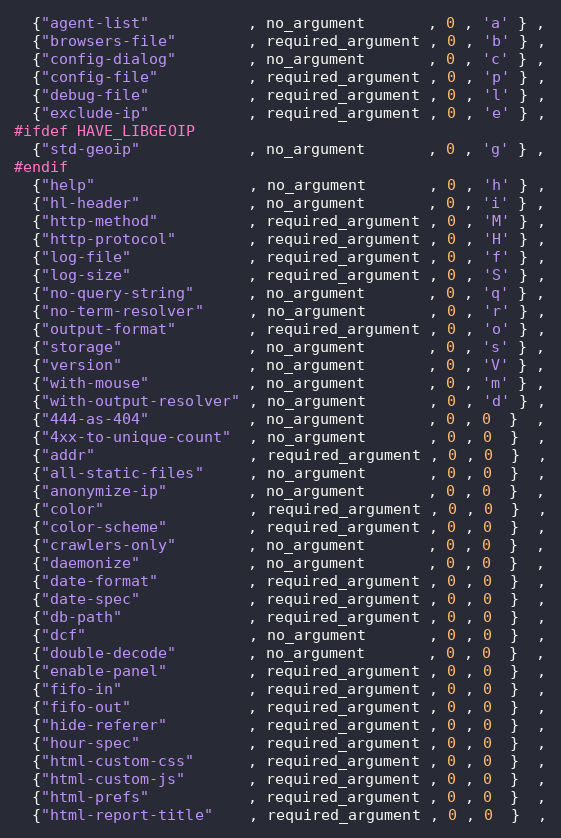
Language: C
  {"agent-list"           , no_argument       , 0 , 'a' } ,
  {"browsers-file"        , required_argument , 0 , 'b' } ,
  {"config-dialog"        , no_argument       , 0 , 'c' } ,
  {"config-file"          , required_argument , 0 , 'p' } ,
  {"debug-file"           , required_argument , 0 , 'l' } ,
  {"exclude-ip"           , required_argument , 0 , 'e' } ,
#ifdef HAVE_LIBGEOIP
  {"std-geoip"            , no_argument       , 0 , 'g' } ,
#endif
  {"help"                 , no_argument       , 0 , 'h' } ,
  {"hl-header"            , no_argument       , 0 , 'i' } ,
  {"http-method"          , required_argument , 0 , 'M' } ,
  {"http-protocol"        , required_argument , 0 , 'H' } ,
  {"log-file"             , required_argument , 0 , 'f' } ,
  {"log-size"             , required_argument , 0 , 'S' } ,
  {"no-query-string"      , no_argument       , 0 , 'q' } ,
  {"no-term-resolver"     , no_argument       , 0 , 'r' } ,
  {"output-format"        , required_argument , 0 , 'o' } ,
  {"storage"              , no_argument       , 0 , 's' } ,
  {"version"              , no_argument       , 0 , 'V' } ,
  {"with-mouse"           , no_argument       , 0 , 'm' } ,
  {"with-output-resolver" , no_argument       , 0 , 'd' } ,
  {"444-as-404"           , no_argument       , 0 , 0  }  ,
  {"4xx-to-unique-count"  , no_argument       , 0 , 0  }  ,
  {"addr"                 , required_argument , 0 , 0  }  ,
  {"all-static-files"     , no_argument       , 0 , 0  }  ,
  {"anonymize-ip"         , no_argument       , 0 , 0  }  ,
  {"color"                , required_argument , 0 , 0  }  ,
  {"color-scheme"         , required_argument , 0 , 0  }  ,
  {"crawlers-only"        , no_argument       , 0 , 0  }  ,
  {"daemonize"            , no_argument       , 0 , 0  }  ,
  {"date-format"          , required_argument , 0 , 0  }  ,
  {"date-spec"            , required_argument , 0 , 0  }  ,
  {"db-path"              , required_argument , 0 , 0  }  ,
  {"dcf"                  , no_argument       , 0 , 0  }  ,
  {"double-decode"        , no_argument       , 0 , 0  }  ,
  {"enable-panel"         , required_argument , 0 , 0  }  ,
  {"fifo-in"              , required_argument , 0 , 0  }  ,
  {"fifo-out"             , required_argument , 0 , 0  }  ,
  {"hide-referer"         , required_argument , 0 , 0  }  ,
  {"hour-spec"            , required_argument , 0 , 0  }  ,
  {"html-custom-css"      , required_argument , 0 , 0  }  ,
  {"html-custom-js"       , required_argument , 0 , 0  }  ,
  {"html-prefs"           , required_argument , 0 , 0  }  ,
  {"html-report-title"    , required_argument , 0 , 0  }  ,